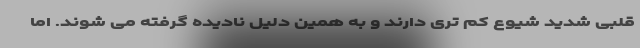
قلبی شدید شیوع کم تری دارند و به همین دلیل نادیده گرفته می شوند. اما